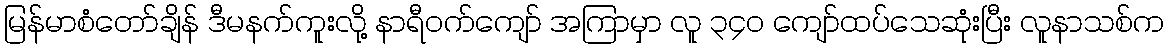
မြန်မာစံတော်ချိန် ဒီမနက်ကူးလို့ နာရီဝက်ကျော် အကြာမှာ လူ ၃၄၀ ကျော်ထပ်သေဆုံးပြီး လူနာသစ်က